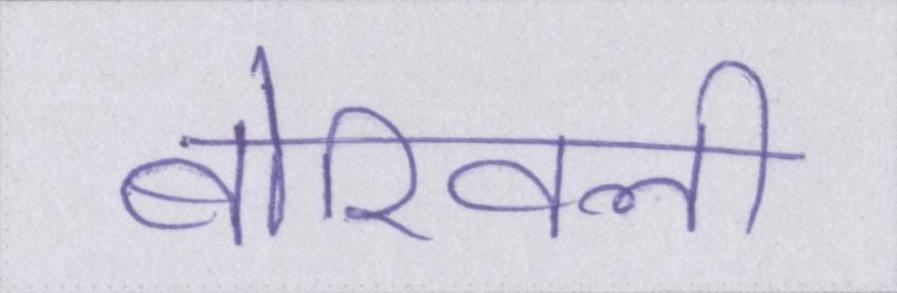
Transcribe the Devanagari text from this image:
बोरिवली